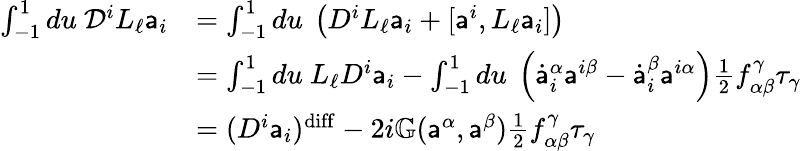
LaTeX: \begin{array}{rl}{\int_{-1}^{1}du\ \mathcal{D}^{i}L_{\ell}{\mathsf{a}}_{i}}&{=\int_{-1}^{1}du\ \left(D^{i}L_{\ell}{\mathsf{a}}_{i}+[{\mathsf{a}}^{i},L_{\ell}{\mathsf{a}}_{i}]\right)}\\ &{=\int_{-1}^{1}du\ L_{\ell}D^{i}{\mathsf{a}}_{i}-\int_{-1}^{1}du\ \left(\dot{\mathsf{a}}_{i}^{\alpha}{\mathsf{a}}^{i\beta}-\dot{\mathsf{a}}_{i}^{\beta}{\mathsf{a}}^{i\alpha}\right)\frac 12f_{\alpha\beta}^{\gamma}\tau_{\gamma}}\\ &{=(D^{i}{\mathsf{a}}_{i})^{\mathrm{diff}}-2i\mathbb{G}({\mathsf{a}}^{\alpha},{\mathsf{a}}^{\beta})\frac{1}{2}f_{\alpha\beta}^{\gamma}\tau_{\gamma}}\end{array}